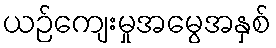
ယဉ်ကျေးမှုအမွေအနှစ်